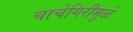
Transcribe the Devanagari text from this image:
चाचेगिरीमुळे